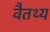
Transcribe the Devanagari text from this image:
वैतथ्य